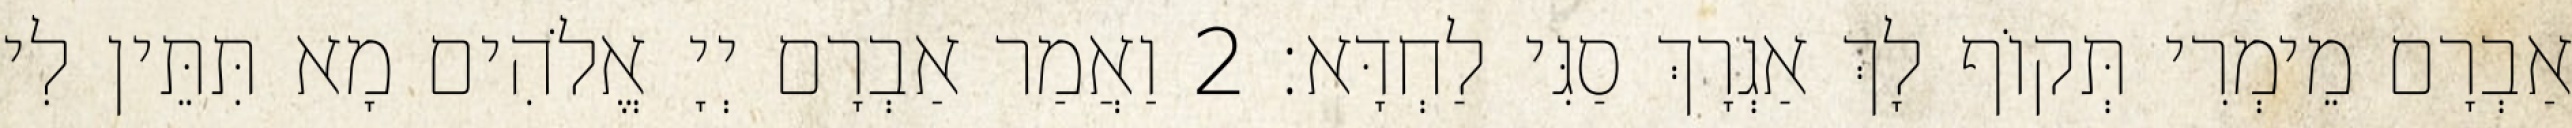
אַבְרָם מֵימְרִי תְּקוֹף לָךְ אַגְרָךְ סַגִּי לַחְדָּא׃ 2 וַאֲמַר אַבְרָם יְיָ אֱלֹהִים מָא תִּתֵּין לִי